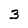
Character: 3